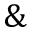
\&